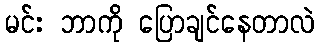
မင်း ဘာကို ပြောချင်နေတာလဲ